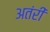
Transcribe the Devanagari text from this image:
अतंरीं